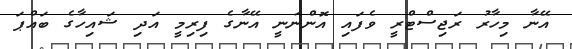
އޭނާ މިހާރު ރަޖިސްޓްރީ ވެފައި އޮންނަނީ އޭނާގެ ފިރިމީ އަދި ޝައިހާގެ ބައްޕަ